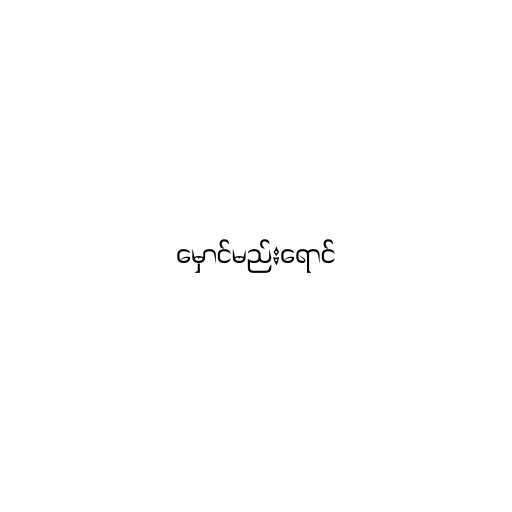
မှောင်မည်းရောင်